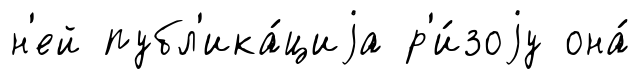
н'ей публ'ика́циjа р'и́зоjу она́